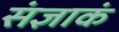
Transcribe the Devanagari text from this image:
संज्ञाकं